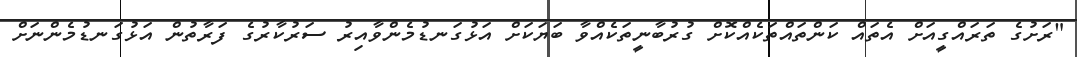
"ރަށުގެ ތަރައްގީއަށް އެތައް ކަންތައްތަކެއްކޮށް ގުރުބާނީތަކެއްވާ ބަޔަކަށް އަޅުގަނޑުމެންވާއިރު ސަރުކާރުގެ ފަރާތުން އަޅުގަނޑުމެންނަށް